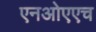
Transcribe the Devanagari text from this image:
एनओएएच